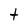
Character: t